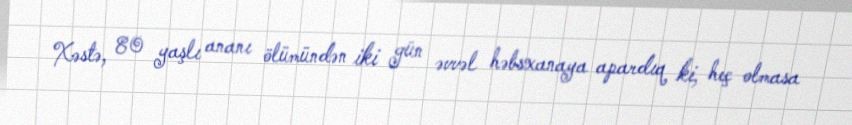
Xəstə, 80 yaşlı ananı ölümündən iki gün əvvəl həbsxanaya apardıq ki, heç olmasa